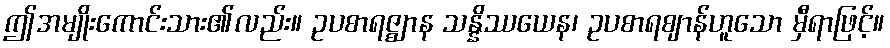
ဤအမျိုးကောင်းသား၏လည်း။ ဥပစာရဇ္ဈာန သန္နိဿယေန၊ ဥပစာရဈာန်ဟူသော မှီရာဖြင့်။